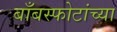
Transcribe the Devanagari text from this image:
बाँबस्फोटांच्या